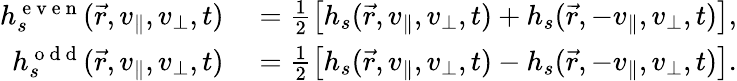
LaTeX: \begin{array}{rl}{h_{s}^{\mathrm{~e~v~e~n~}}(\vec{r},v_{\parallel},v_{\perp},t)}&{{}=\frac{1}{2}\left[h_{s}(\vec{r},v_{\parallel},v_{\perp},t)+h_{s}(\vec{r},-v_{\parallel},v_{\perp},t)\right],}\\ {h_{s}^{\mathrm{~o~d~d~}}(\vec{r},v_{\parallel},v_{\perp},t)}&{{}=\frac{1}{2}\left[h_{s}(\vec{r},v_{\parallel},v_{\perp},t)-h_{s}(\vec{r},-v_{\parallel},v_{\perp},t)\right].}\end{array}